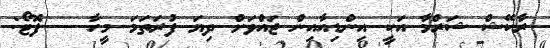
ރާކޭޝް ޝަރްމާ އަކީ އިންޑިއާއިން ޖައްވަށް ދިޔަ ފުރަތަމަ މީހާ -- ފޮޓޯ: